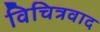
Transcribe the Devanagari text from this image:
विचित्रवाद